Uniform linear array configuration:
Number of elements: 32
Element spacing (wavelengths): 1
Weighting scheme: kaiser
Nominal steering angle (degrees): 0
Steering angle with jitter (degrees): -0.5932
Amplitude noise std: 0.05
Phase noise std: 0.05

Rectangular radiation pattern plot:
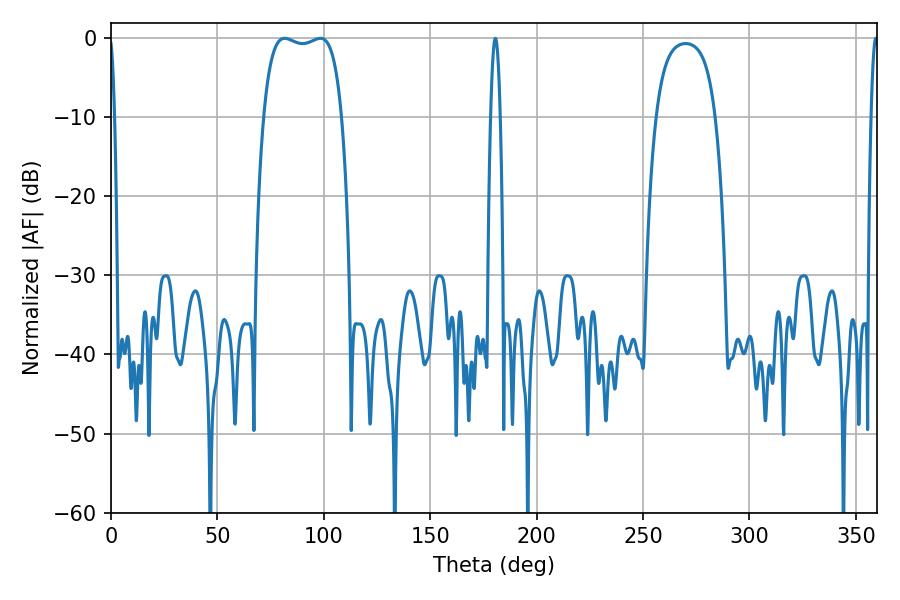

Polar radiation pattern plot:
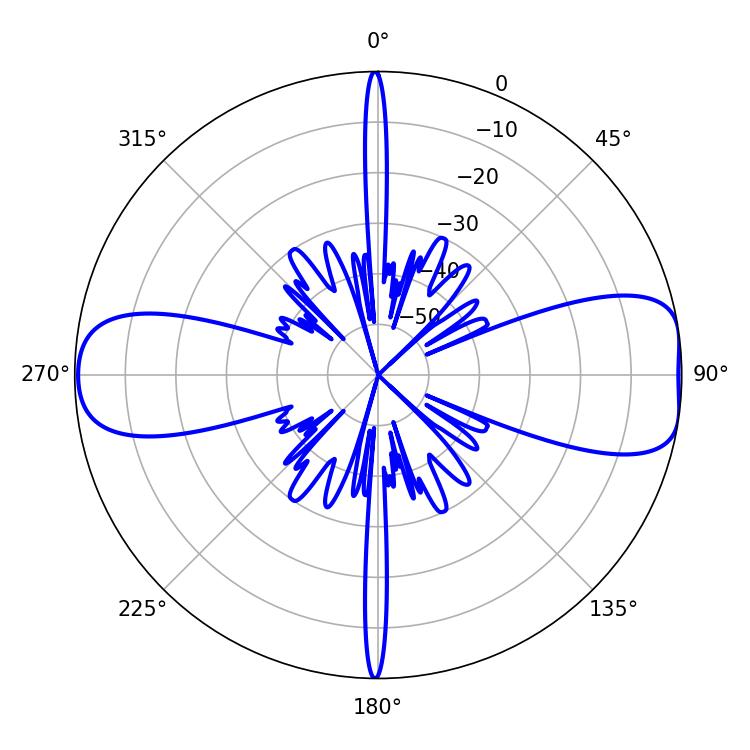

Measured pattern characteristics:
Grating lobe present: TRUE
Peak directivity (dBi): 9.884
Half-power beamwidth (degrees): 29.52
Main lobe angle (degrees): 81.54